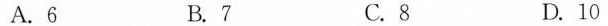
A.6 B.7 C.8 D.10